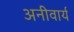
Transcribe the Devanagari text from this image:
अनीवार्य